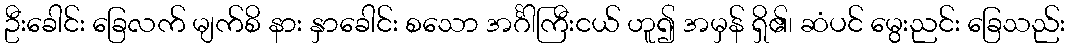
ဦးခေါင်း ခြေလက် မျက်စိ နား နှာခေါင်း စသော အင်္ဂါကြီးငယ် ဟူ၍ အမှန် ရှိ၏၊ ဆံပင် မွေးညင်း ခြေသည်း